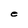
Character: e